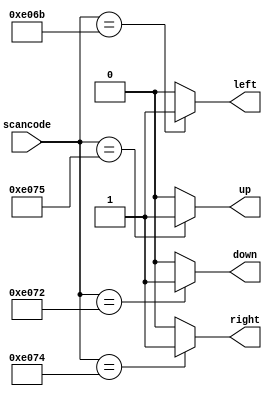
// synthesis verilog_input_version verilog_2001
module top_module (
    input [15:0] scancode,
    output reg left,
    output reg down,
    output reg right,
    output reg up  ); 
    always @* begin
        left=0;down=0;up=0; right=0;
        casez(scancode)
            16'he06b: left=1;
            16'he072: down=1;
            16'he074: right=1;
            16'he075: up=1;
        endcase
    end

endmodule